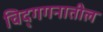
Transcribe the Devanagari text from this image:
चिद्‌गगनातील